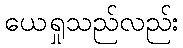
ယေရှုသည်လည်း